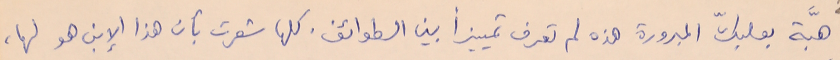
هبّة بعلبكّ المبرورة هذه لم تعرف تمييزاً بين الطوائف. كلها شعرت بأن هذا الإبن هو لها،